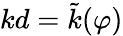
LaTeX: kd=\tilde{k}(\varphi)